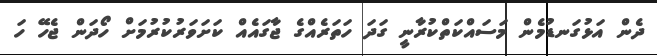
ދެން އަޅުގަނޑުމެން މަސައްކަތްކުރާނީ ގަދަ ހަތަރެއްގެ ޖާގައެއް ކަށަވަރުކުރުމަށް ހޯދަން ޖެހޭ ހަ